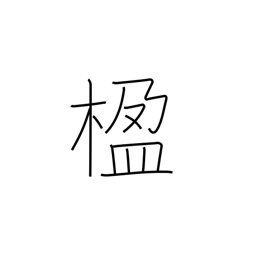
Meaning: pillar